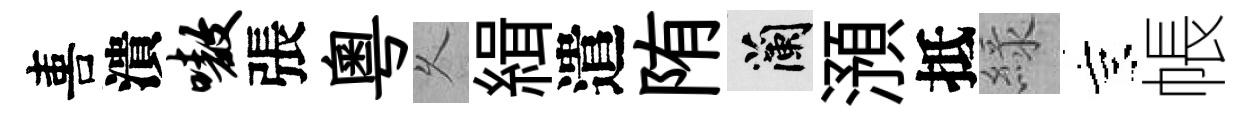
喜潰嗷張粤乆緝遣陏蘭澦抵緑京帳